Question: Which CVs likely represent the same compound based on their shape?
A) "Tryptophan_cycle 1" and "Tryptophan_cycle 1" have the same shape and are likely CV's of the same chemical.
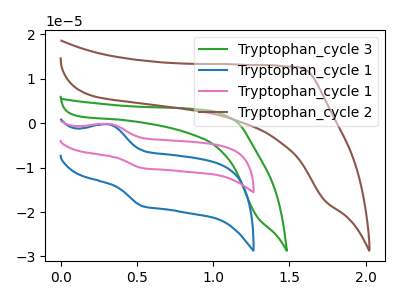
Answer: <think>The green curve "Tryptophan_cycle 3" has no peaks. The blue curve "Tryptophan_cycle 1" has an anodic peak at (0.30V, -0.25uA) and a cathodic peak at (0.55V, -18.60uA). The pink curve "Tryptophan_cycle 1" has an anodic peak at (0.30V, -0.15uA) and a cathodic peak at (0.55V, -10.05uA). The brown curve "Tryptophan_cycle 2" has no peaks.
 "Tryptophan_cycle 3" and "Tryptophan_cycle 1" have a different number of peaks. "Tryptophan_cycle 3" and "Tryptophan_cycle 1" have a different number of peaks. Neither "Tryptophan_cycle 3" or "Tryptophan_cycle 2" have any peaks. All the peaks in "Tryptophan_cycle 1" have a peak in "Tryptophan_cycle 1" at the same potential. "Tryptophan_cycle 1" and "Tryptophan_cycle 2" have a different number of peaks. "Tryptophan_cycle 1" and "Tryptophan_cycle 2" have a different number of peaks.</think>
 <answer>A) "Tryptophan_cycle 1" and "Tryptophan_cycle 1" have the same shape and are likely CV's of the same chemical.</answer>
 <eval>A</eval>